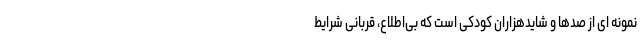
نمونه‌ ای از صدها و شایدهزاران کودکی است که بی‌اطلاع، قربانی شرایط